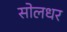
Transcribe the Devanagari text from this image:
सोलधर